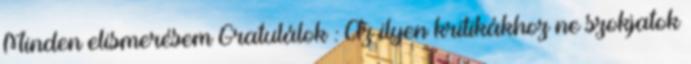
Minden elismerésem Gratulálok : Az ilyen kritikákhoz ne szokjatok